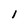
Character: 1